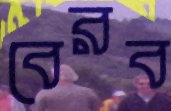
বেরব